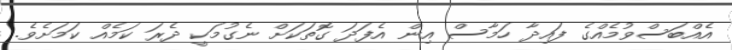
އެއްބަސްވުމެއްގެ ފައިދާ ހަމާސް އިން އެފަދަ ގޮތަކަށް ނެގުމަކީ ދެރަ ކަމެއް ކަމަށެވެ.